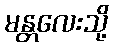
မန္တလေးသို့